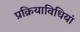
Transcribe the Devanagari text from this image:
प्रक्रियाविधियां